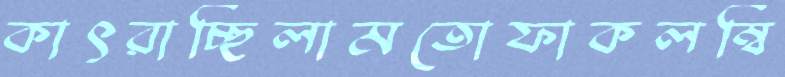
কাৎরাচ্ছিলামতোফাকলম্বি